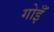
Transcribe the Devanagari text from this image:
गोइँ